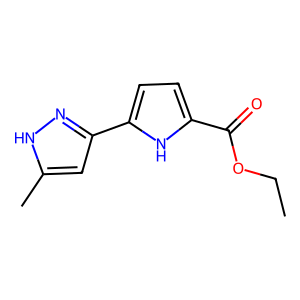
SMILES: CCOC(=O)c1ccc(-c2cc(C)[nH]n2)[nH]1
Inhibits HIV replication: No